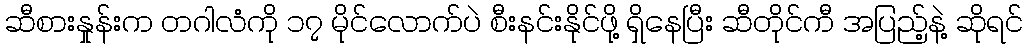
ဆီစားနှုန်းက တဂါလံကို ၁၇ မိုင်လောက်ပဲ စီးနင်းနိုင်ဖို့ ရှိနေပြီး ဆီတိုင်ကီ အပြည့်နဲ့ ဆိုရင်